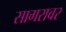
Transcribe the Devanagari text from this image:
सागरावर